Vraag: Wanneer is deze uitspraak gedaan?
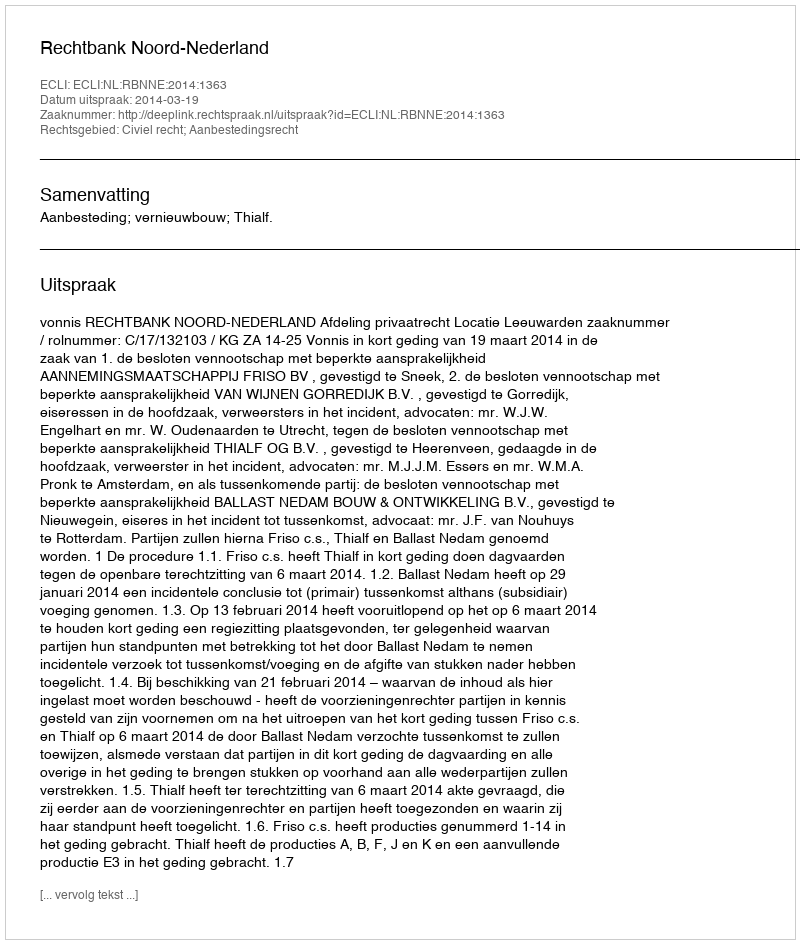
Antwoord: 2014-03-19